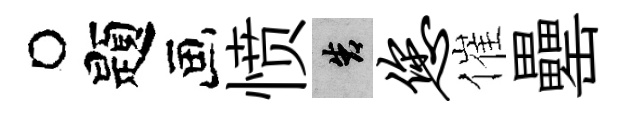
题愤告您催罍